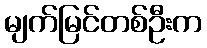
မျက်မြင်တစ်ဦးက